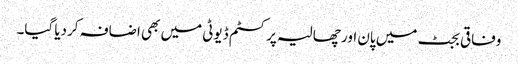
وفاقی بجٹ میں پان اور چھالیہ پر کسٹم ڈیوٹی میں بھی اضافہ کردیا گیا۔